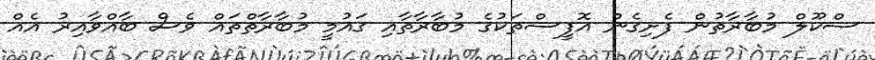
ސްކޫލް މުބާރާތުން ފެށިގެން އޮފީސްތަކުގެ މުބާރާތާއި ގައުމީ މުބާރާތްތައް ވެސް ބާއްވާއިރު އެއް